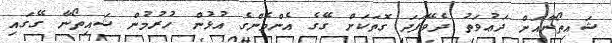
ޝައިތޯނާއަށް ދަޢުވަތު ދެވޭފަދަ ގޮތަކަށް ގޭގެ އެންމެންގެ އުޅުން ހުރުމުން ޝައިތޯނާ ގޭގައި